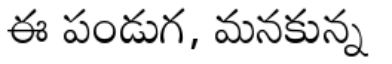
ఈ పండుగ, మనకున్న